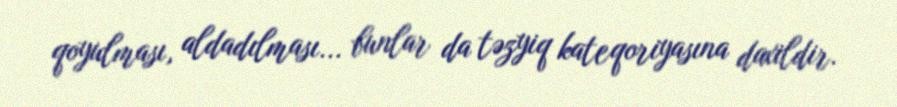
qoyulması, aldadılması... bunlar da təzyiq kateqoriyasına daxildir.